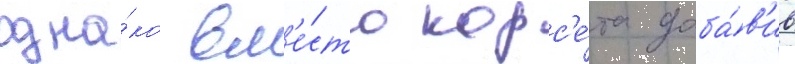
одна́ко вм'е́сто корс'е́та доба́в'ив